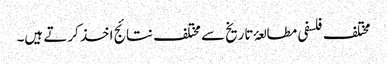
مختلف فلسفی مطالعۂ تاریخ سے مختلف نتائج اخذ کرتے ہیں۔